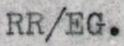
RR/EG.